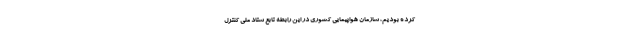
کرده بودیم، سازمان هواپیمایی کشوری در این رابطه تابع ستاد ملی کنترل